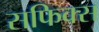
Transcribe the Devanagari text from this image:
सफिक्स